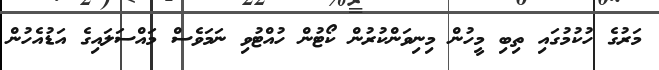
މަރުގެ ހުކުމުގައި ތިބި މީހުން މިނިވަންކުރުން ކޯޓުން ހުއްޓުވި ނަމަވެސް މައްސަލައިގެ އަޑުއެހުން